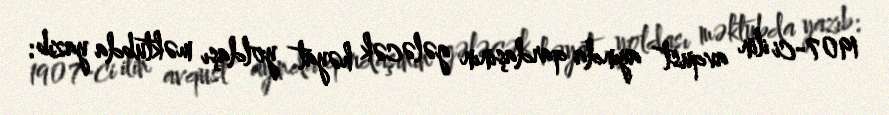
1907-ci ilin avqust ayında qardaşının gələcək həyat yoldaşı məktubda yazıb: